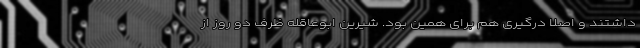
داشتند و اصلا درگیری هم برای همین بود. شیرین ابوعاقله ظرف دو روز از